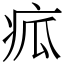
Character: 㽿